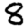
Digit: 8